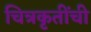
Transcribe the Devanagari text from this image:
चित्रकृतींची